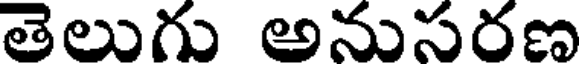
తెలుగు అనుసరణ